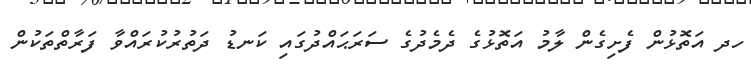
ހދ އަތޮޅުން ފެށިގެން ލާމު އަތޮޅުގެ ދެމެދުގެ ސަރަޙައްދުގައި ކަނޑު ދަތުރުކުރައްވާ ފަރާތްތަކުން